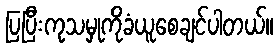
ပြပြီးကုသမှုကိုခံယူစေချင်ပါတယ်။